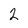
Character: 2